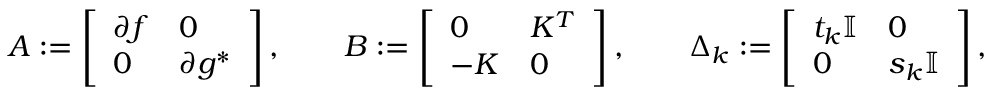
A : = \left[ \begin{array} { l l } { \partial f } & { 0 } \\ { 0 } & { \partial g ^ { * } } \end{array} \right] , \qquad B : = \left[ \begin{array} { l l } { 0 } & { K ^ { T } } \\ { - K } & { 0 } \end{array} \right] , \qquad \Delta _ { k } : = \left[ \begin{array} { l l } { t _ { k } \mathbb I } & { 0 } \\ { 0 } & { s _ { k } \mathbb I } \end{array} \right] ,